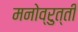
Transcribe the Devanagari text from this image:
मनोव्रुत्ती